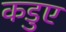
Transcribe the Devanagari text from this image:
कडुए